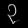
Digit: ၃